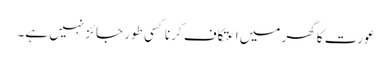
عورت کا گھر میں اعتکاف کرنا کسی طور جائز نہیں ہے۔